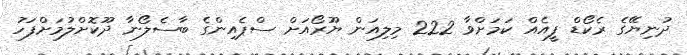
ދުނިޔޭގެ ރެކޯޑް ފީއެއް ކަމަށްވާ 222 މިލިއަން ޔޫރޯއަށް ސްޕެއިންގެ ބާސެލޯނާ ދޫކޮށްލުމަށްފަހު